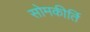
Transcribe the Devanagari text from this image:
सोमकीर्ति